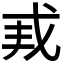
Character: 𫻩